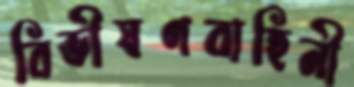
বিভীষণবাহিনী